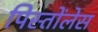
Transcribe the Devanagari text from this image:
पिस्तोंलेस